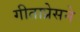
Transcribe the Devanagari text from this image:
गीताप्रेसने